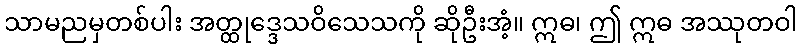
သာမညမှတစ်ပါး အတ္ထုဒ္ဒေသဝိသေသကို ဆိုဦးအံ့။ ဣဓ၊ ဤ ဣဓ အဿုတဝါ